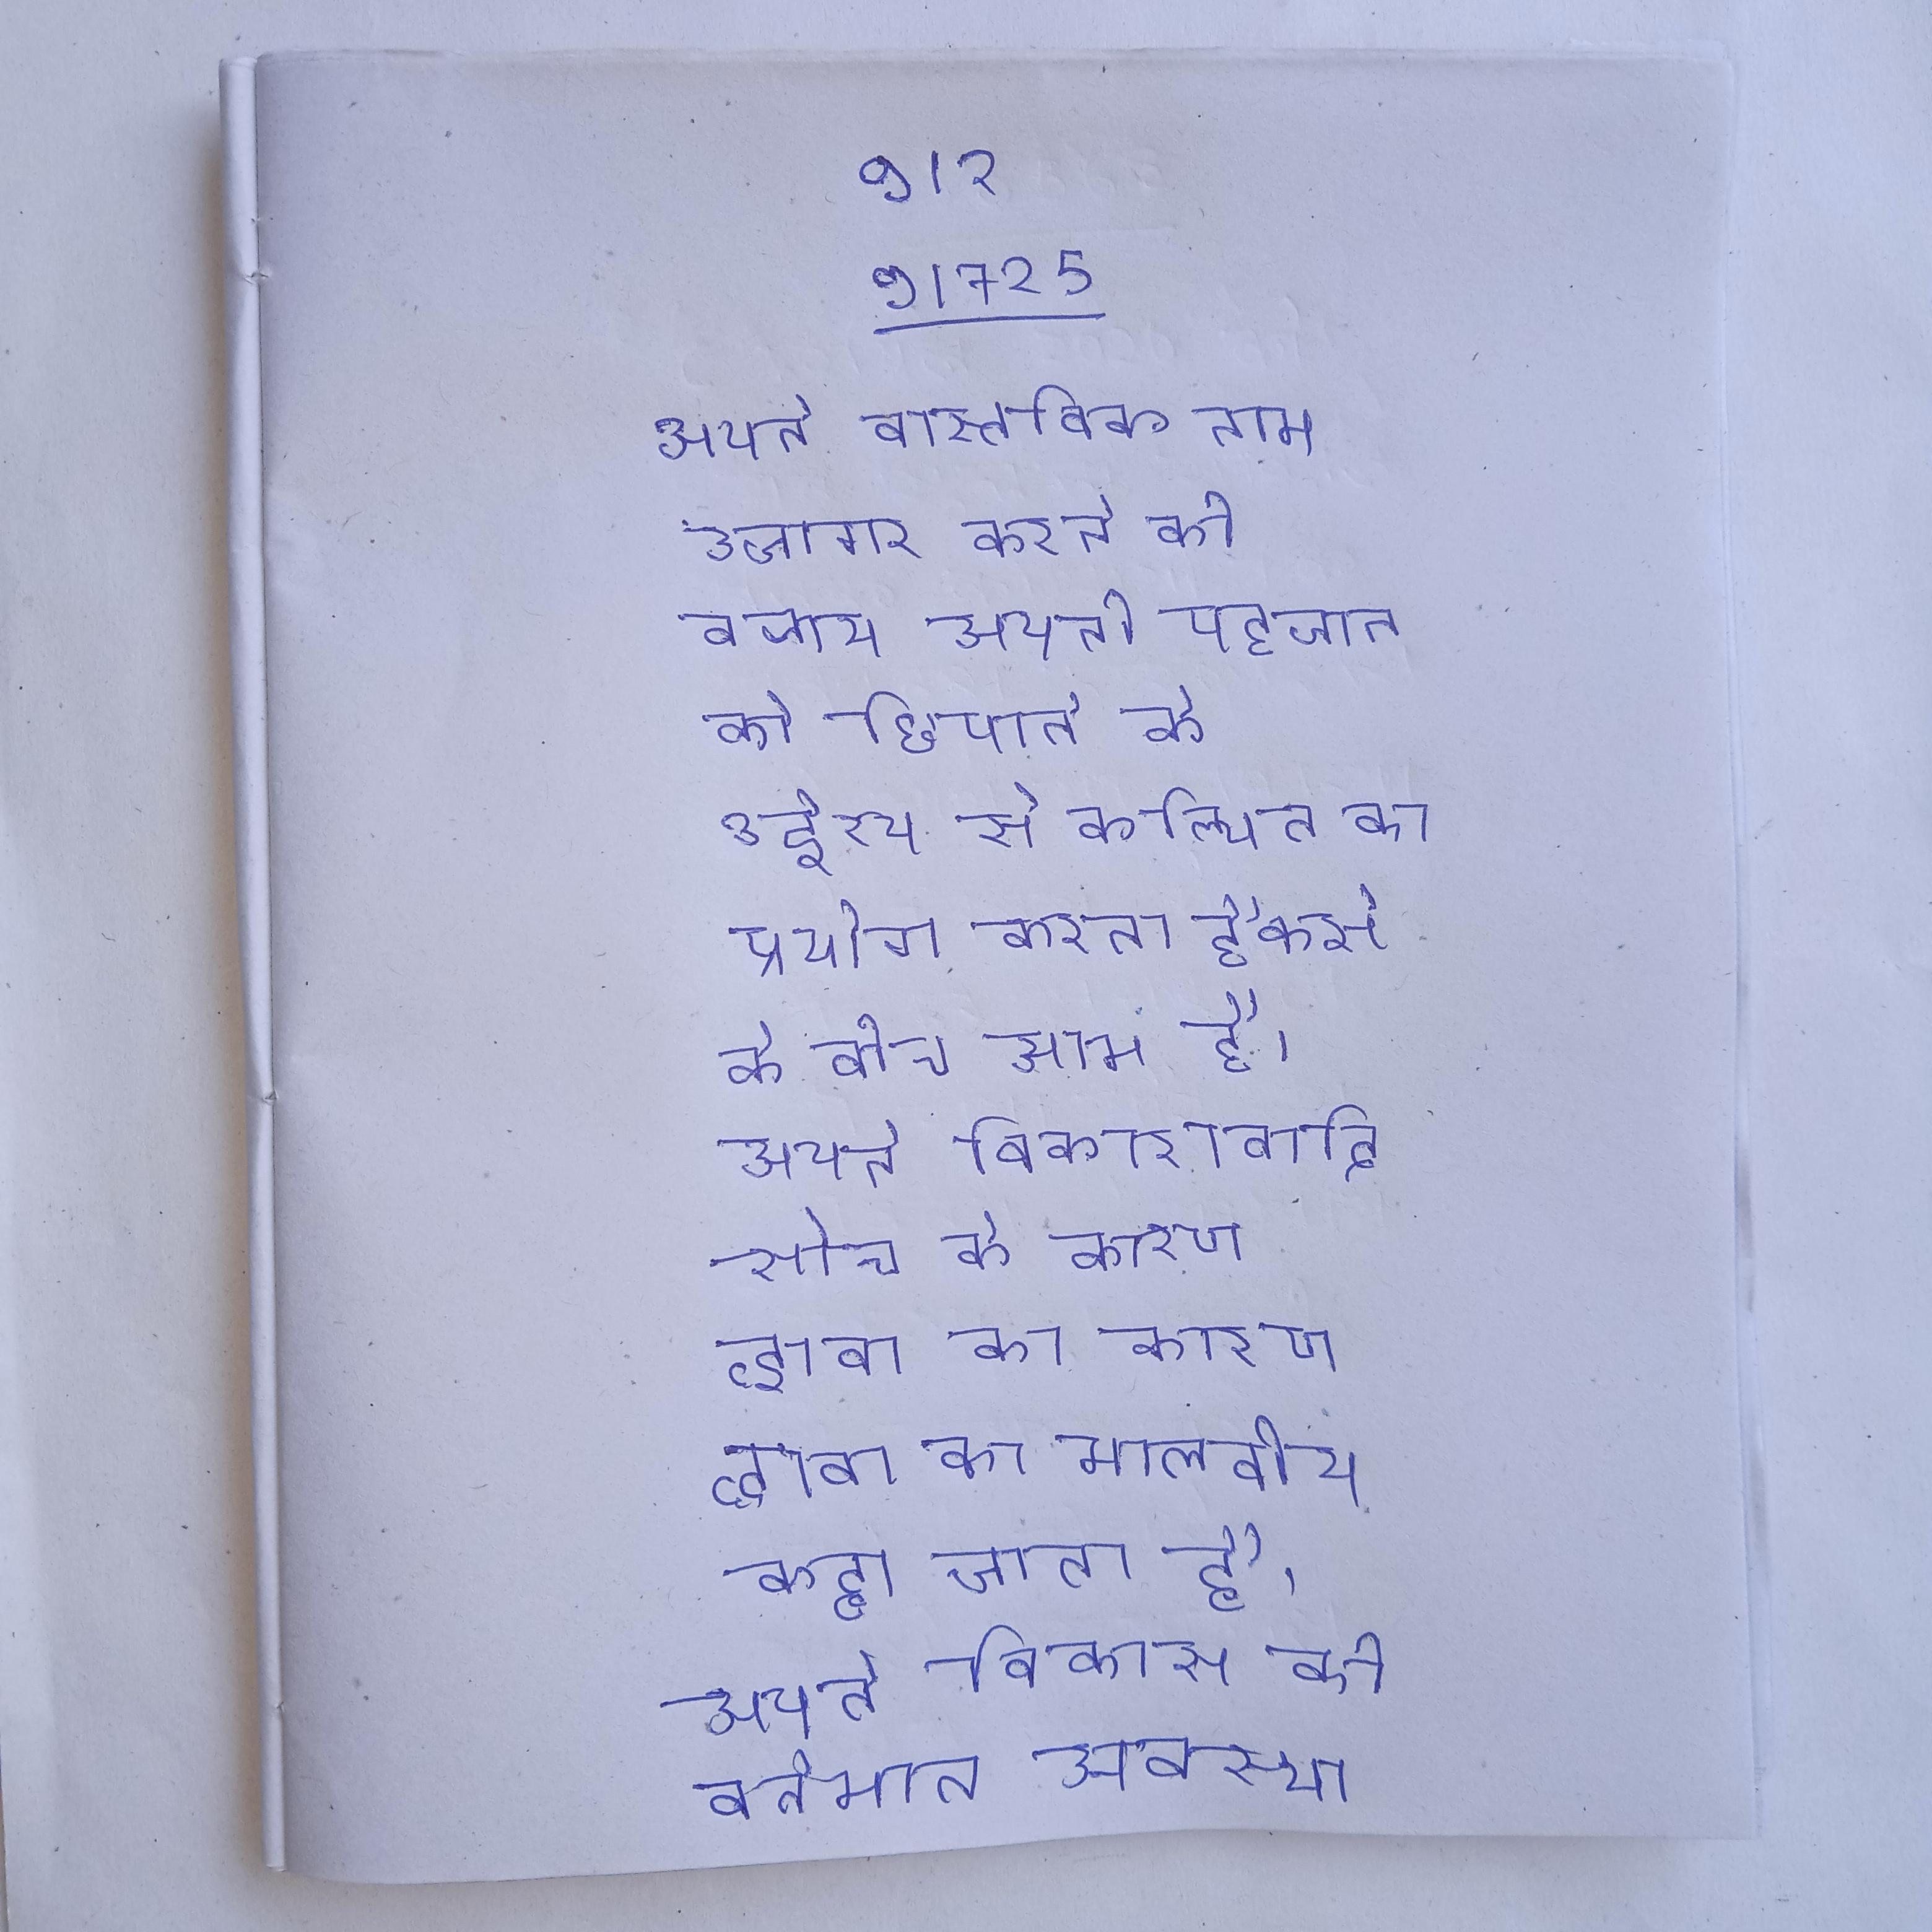
अपने वास्तविक नाम उजागर करने की बजाय अपनी पहचान को छिपाने के उद्देश्य से कल्पित का प्रयोग करना हैकर्स के बीच आम है । अपने विकाशवादि सोच के कारण द्वाबा का मालवीय कहा जाता है । अपने विकास की वर्तमान अवस्था यह बहु-विद्यापरक अनुशासन बन गया है ।